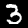
Label: 3